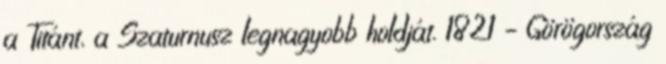
a Titánt, a Szaturnusz legnagyobb holdját. 1821 – Görögország